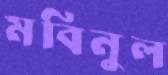
মবিনুল